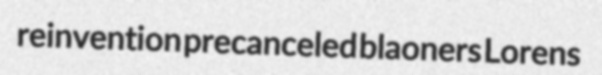
reinvention precanceled blaoners Lorens